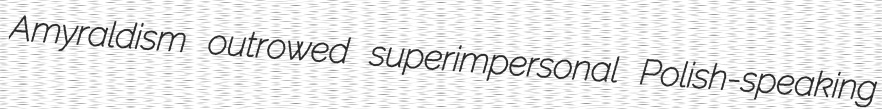
Amyraldism outrowed superimpersonal Polish-speaking